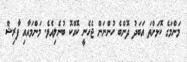
މަންމަގެ ކޮޅަށްތަ އަބަދު ދޮންބެ ހުންނަން ޖެހެނީ ކޮއްކޮ ބުނެލިއެވެ. މަންމައާއި ފާރިޝް